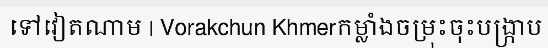
ទៅវៀតណាម | Vorakchun Khmerកម្លាំងចម្រុះចុះបង្ក្រាប